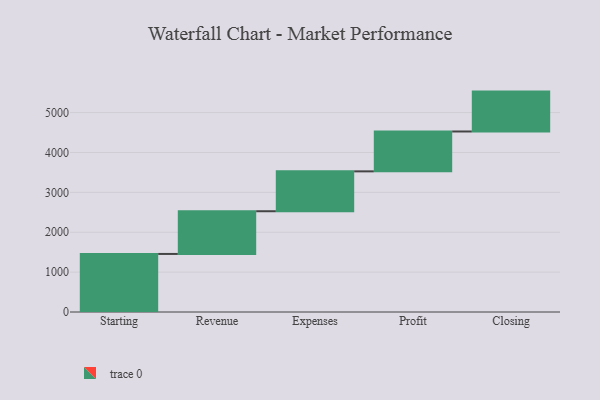
{"axis": {"x": "Step", "y": "Value"}, "legend": [""], "data": [{"x": "Starting", "y": 1456.0, "type": ""}, {"x": "Revenue", "y": 1071.0, "type": ""}, {"x": "Expenses", "y": 1000, "type": ""}, {"x": "Profit", "y": 1000, "type": ""}, {"x": "Closing", "y": 1000, "type": ""}]}